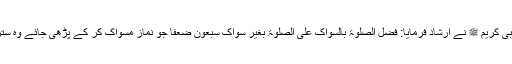
حضرت عائشہ صدیقہ رضی اللہ تعالیٰ عنہا سے روایت ہے کہ نبیِ کریم ﷺ نے ارشاد فرمایا: فَضْلُ الصَّلٰوۃِ بِالسِّوَاکِ عَلَی الصَّلٰوۃِ بِغَیْرِ سِوَاکٍ سَبْعُوْنَ ضِعْفاً جو نماز مسواک کر کے پڑھی جائے وہ ستر درجہ افضل ہے اس نماز پر جو بغیر مسواک کے پڑھی جائے۔